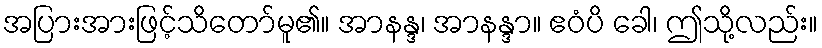
အပြားအားဖြင့်သိတော်မူ၏။ အာနန္ဒ၊ အာနန္ဒာ။ ဧဝံပိ ခေါ၊ ဤသို့လည်း။